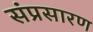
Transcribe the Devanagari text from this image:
संप्रसारण